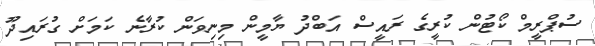
ސުޕްރީމް ކޯޓުން ކުރީގެ ރައީސް އަބްދު ޔާމީން މިނިވަން ކުރާނެ ކަމަށް ގުރައިދޫ